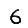
Digit: 6